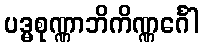
ပဒ္မစုဏ္ဏာဘိကိဏ္ဏင်္ဂေါ